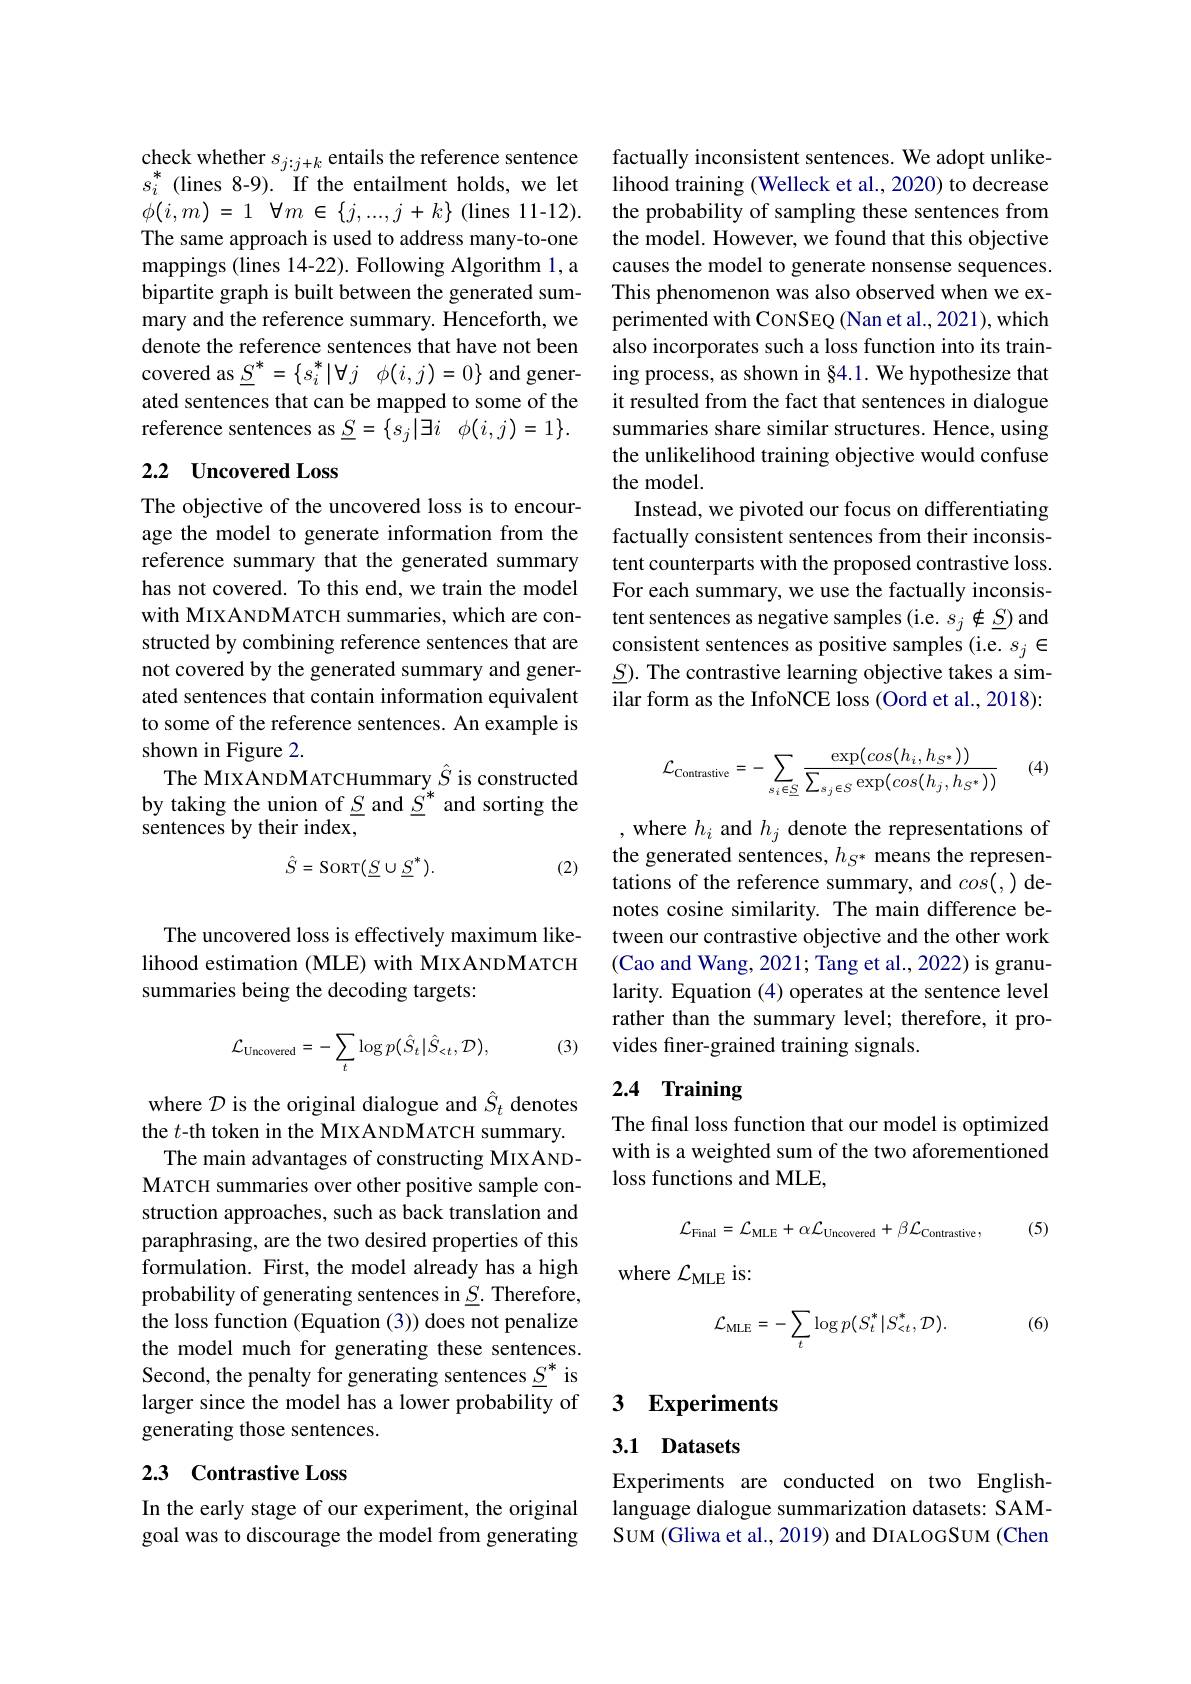
check whether $s_j:j+k$ entails the reference sentence $s_{i}^{*}$ (lines 8-9). If the entailment holds, we let $\phi ( i, m) = 1$ $\forall m\in \{ j, . . . , j+ k\}$ (lines 11-12). The same approach is used to address many-to-one mappings (lines 14-22). Following Algorithm l,a bipartite graph is built between the generated summary and the reference summary. Henceforth, we denote the reference sentences that have not been covered as $\underline {S}^{* }= \{ s_{i}^{* }| \forall j$ $\phi ( i, j) = 0\}$ and generated sentences that can be mapped to some of the reference sentences as $\underline {S}= \{ s_j| \exists i$ $\phi ( i, j) = 1\} .$

## 2.2 Uncovered Loss

The objective of the uncovered loss is to encourage the model to generate information from the reference summary that the generated summary has not covered. To this end, we train the model with MIXANDMATCH summaries, which are constructed by combining reference sentences that are not covered by the generated summary and generated sentences that contain information equivalent to some of the reference sentences. An example is shown in Figure 2.
The MIXANDMATCHummary $\hat{S}$ is constructed by taking the union of $\underline {S}$ and $\underline {S}^{* }$ and sorting the sentences by their index,
$$\hat{S}=\mathrm{SORT}(\underline{S}\cup\underline{S}^{*}).$$
(2)

The uncovered loss is effectively maximum likelihood estimation (MLE) with MIXANDMATCH summaries being the decoding targets:

(3)
$$\mathcal{L}_{\mathrm{Uncovered}}=-\sum_{t}\log p(\hat{S}_{t}|\hat{S}_{<t},\mathcal{D}),$$
where $\mathcal{D}$ is the original dialogue and $\hat{S}_t$ denotes the $t$-th token in the MIXANDMATCH summary.
The main advantages of constructing MIXANDMATCH summaries over other positive sample construction approaches, such as back translation and paraphrasing, are the two desired properties of this formulation. First, the model already has a high probability of generating sentences in $\underline{S}.$ Therefore, the loss function (Equation (3)) does not penalize the model much for generating these sentences. Second, the penalty for generating sentences $\underline{S}^*$ is larger since the model has a lower probability of generating those sentences.

## 2.3 Contrastive Loss

In the early stage of our experiment, the original goal was to discourage the model from generating

factually inconsistent sentences. We adopt unlikelihood training (Welleck et al., 2020) to decrease the probability of sampling these sentences from the model. However, we found that this objective causes the model to generate nonsense sequences. This phenomenon was also observed when we experimented with CoNSEQ (Nan et al., 2021), which also incorporates such a loss function into its training process, as shown in §4.1. We hypothesize that it resulted from the fact that sentences in dialogue summaries share similar structures. Hence, using the unlikelihood training objective would confuse the model.
Instead, we pivoted our focus on differentiating factually consistent sentences from their inconsistent counterparts with the proposed contrastive loss. For each summary, we use the factually inconsistent sentences as negative samples (i.e. $s_j\notin\underline{S})$ and consistent sentences as positive samples (i.e. $s_j\in$ $\underline{S}).$ The contrastive learning objective takes a similar form as the InfoNCE loss (Oord et al., 2018):

(4)
$$\mathcal{L}_{\mathrm{Contrastive}}=-\sum_{s_{i}\in\underline{S}}\frac{\exp(cos(h_{i},h_{S^{*}}))}{\sum_{s_{j}\in S}\exp(cos(h_{j},h_{S^{*}}))}$$
,where $h_i$ and $h_j$ denote the representations of the generated sentences, $h_S^*$ means the representations of the reference summary, and $cos(,)$ denotes cosine similarity. The main difference between our contrastive objective and the other work (Cao and Wang, 2021; Tang et al., 2022) is granularity. Equation (4) operates at the sentence level rather than the summary level; therefore, it provides finer-grained training signals.

# 2.4 Training

The final loss function that our model is optimized with is a weighted sum of the two aforementioned loss functions and MLE,
$$\mathcal{L}_{\mathrm{Final}}=\mathcal{L}_{\mathrm{MLE}}+\alpha\mathcal{L}_{\mathrm{Uncovered}}+\beta\mathcal{L}_{\mathrm{Contrastive}},$$
(5)

where $\mathcal{L}_\mathrm{MLE}$ is:

(6)
$$\mathcal{L}_{\mathrm{MLE}}=-\sum_{t}\log p(S_{t}^{*}|S_{<t}^{*},\mathcal{D}).$$
## 3 Experiments

## 3.1 Datasets

Experiments are conducted on two Englishlanguage dialogue summarization datasets: SAMSUM (Gliwa et al., 2019) and DIALOGSUM (Chen